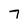
Character: 7